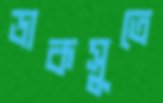
ডাকসুতে